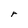
Character: r